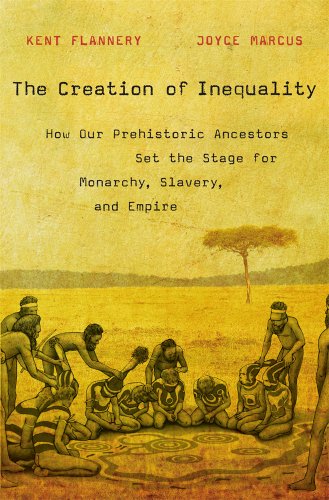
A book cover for The Creation of Inequality: How Our Prehistoric Ancestors Set the Stage for Monarchy, Slavery, and Empire; Kent Flannery; Science & Math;